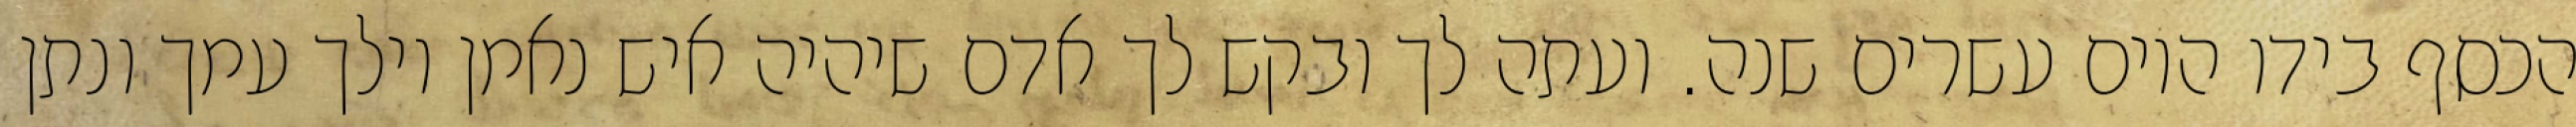
הכסף בידו היום עשרים שנה. ועתה לך ובקש לך אדם שיהיה איש נאמן וילך עמך ונתן